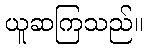
ယူဆကြသည်။